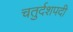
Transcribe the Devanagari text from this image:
चतुर्दशपदी